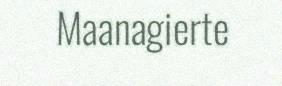
Maanagierte